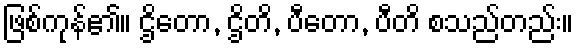
ဖြစ်ကုန်၏။ ဌိတော, ဌိတိ, ပီတော, ပီတိ စသည်တည်း။